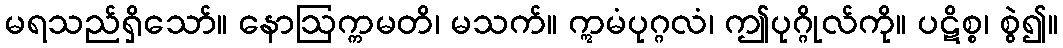
မရသည်ရှိသော်။ နောဩက္ကမတိ၊ မသက်။ ဣမံပုဂ္ဂလံ၊ ဤပုဂ္ဂိုလ်ကို။ ပဋိစ္စ၊ စွဲ၍။